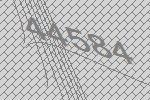
44584